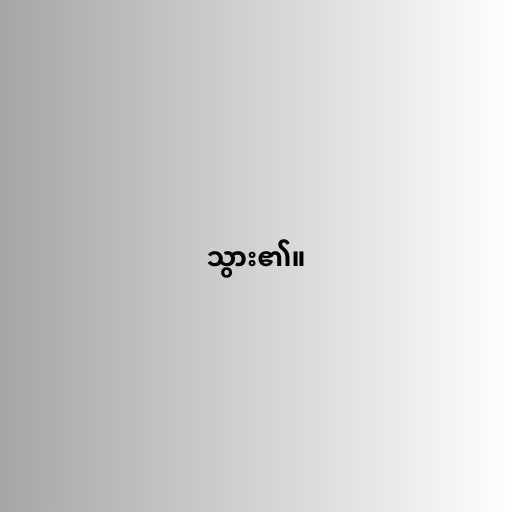
သွား၏။